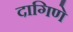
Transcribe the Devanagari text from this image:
दागिणे